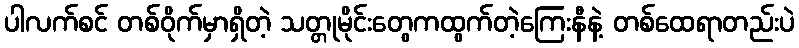
ပါလက်စင် တစ်ဝိုက်မှာရှိတဲ့ သတ္တုမိုင်းတွေကထွက်တဲ့ကြေးနီနဲ့ တစ်ထေရာတည်းပဲ